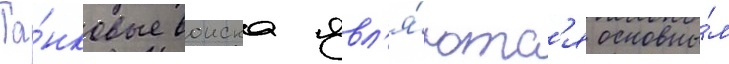
Та́нковые воиска явл'я́ютс'я основны́м